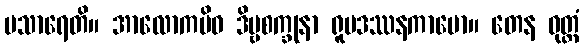
ပသာရေတိ။ အာလောကမိဝ ဒိဗ္ဗစက္ခုနာ ရူပဒဿနကာမော။ တေန ဝုတ္တံ